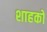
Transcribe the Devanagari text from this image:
शाहको